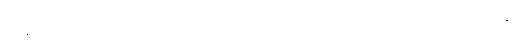
အနုဂ္ဂတံ၊ အန်ထွက်သည်မဟုတ်။ ဣတိ၊ ဤသို့။ အာဟ၊ မိန့်တော်မူ၏။ ဘန္တေ